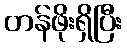
တန်ဖိုးရှိပြီး